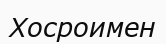
Хосроимен